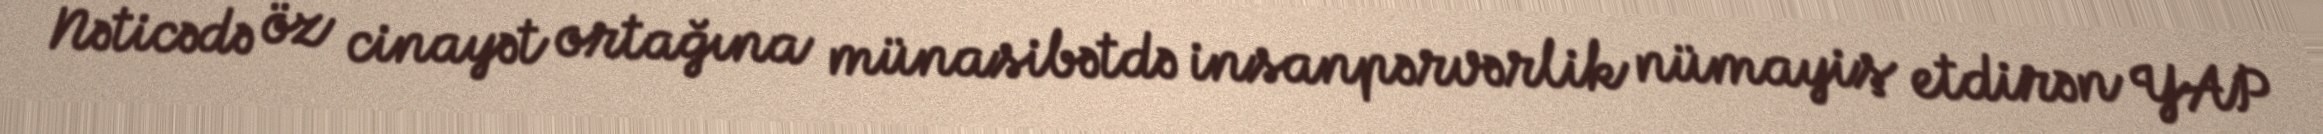
Nəticədə öz cinayət ortağına münasibətdə insanpərvərlik nümayiş etdirən YAP